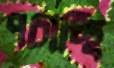
পচাচ্ছি